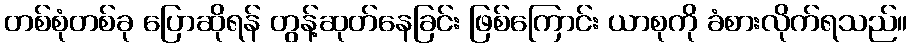
တစ်စုံတစ်ခု ပြောဆိုရန် တွန့်ဆုတ်နေခြင်း ဖြစ်ကြောင်း ယာစုကို ခံစားလိုက်ရသည်။